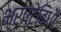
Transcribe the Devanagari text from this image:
भ्रष्टेविधौः